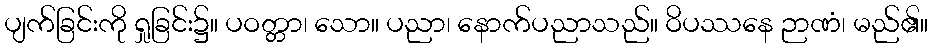
ပျက်ခြင်းကို ရှုခြင်း၌။ ပဝတ္တာ၊ သော။ ပညာ၊ နောက်ပညာသည်။ ဝိပဿနေ ဉာဏံ၊ မည်၏။